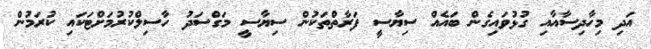
އަދި މިހާދިސާއާއި ގުޅުވައިގެން ބައެއް ސިޔާސީ ފަރާތްތަކުން ސިޔާސީ މަގްސަދު ހާސިލްކުރުމަށްޓަކައި ކުރަމުން